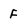
Character: F